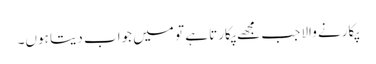
پکارنے والا جب مجھے پکارتا ہے تو میں جواب دیتا ہوں۔